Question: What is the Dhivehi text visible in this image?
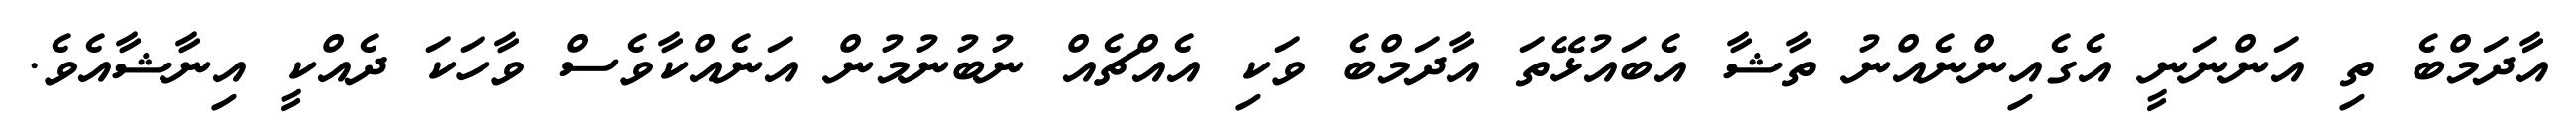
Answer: އާދަމްބެ ތި އަންނަނީ އެގެއިންނެއްނު ތާޝާ އެބައުޅޭތަ އާދަމްބެ ވަކި އެއްޗެއް ނުބުނުމުން އަނެއްކާވެސް ވާހަކަ ދެއްކީ އިނާޝާއެވެ.